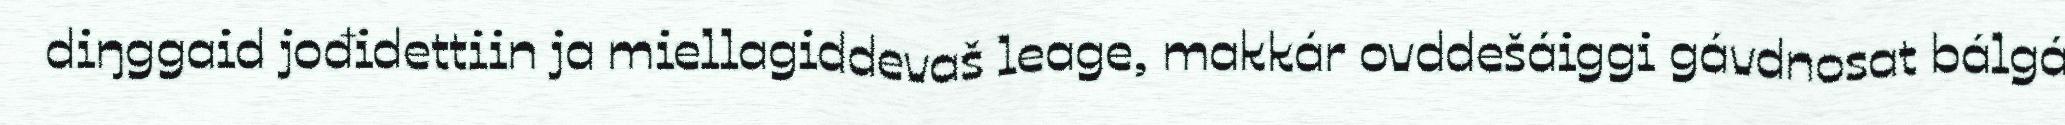
diŋggaid jođidettiin ja miellagiddevaš leage, makkár ovddešáiggi gávdnosat bálgá